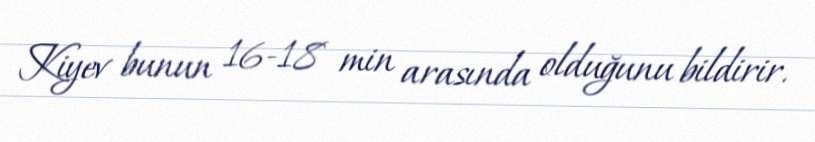
Kiyev bunun 16-18 min arasında olduğunu bildirir.